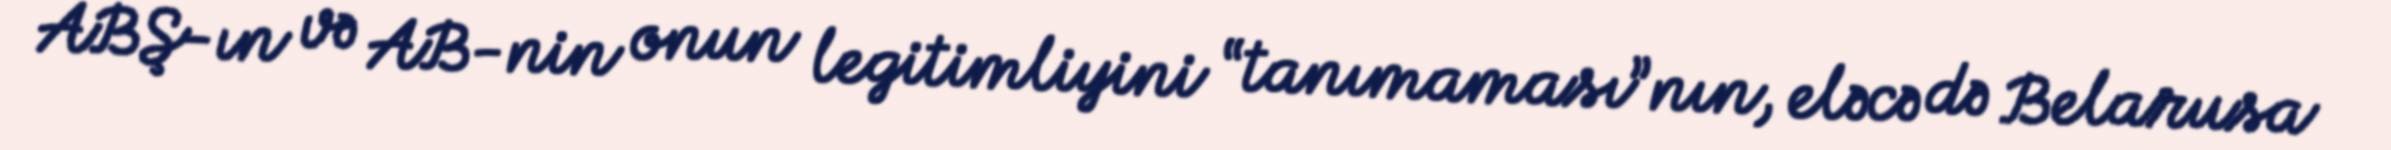
ABŞ-ın və AB-nin onun legitimliyini “tanımaması”nın, eləcə də Belarusa